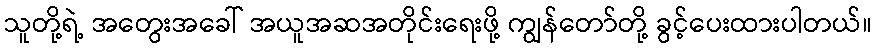
သူတို့ရဲ့ အတွေးအခေါ် အယူအဆအတိုင်းရေးဖို့ ကျွန်တော်တို့ ခွင့်ပေးထားပါတယ်။